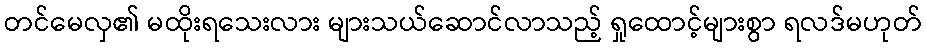
တင်မေလှ၏ မထိုးရသေးလား များသယ်ဆောင်လာသည့် ရှုထောင့်များစွာ ရလဒ်မဟုတ်